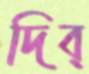
দিব্